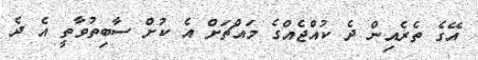
އޭގެ ތެރެއިން ދެ ކުއްޖެއްގެ މައްޗަށް އެ ކުށް ސާބިތުވާތީ އެ ދެ